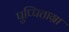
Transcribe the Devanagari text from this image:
पुप्पिताग्रा